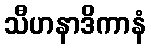
သီဟနာဒိကာနံ